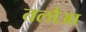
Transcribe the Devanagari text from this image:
तलौआ